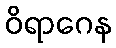
ဝိရာဂေန